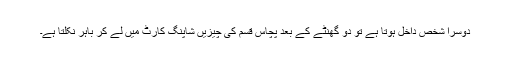
دوسرا شخص داخل ہوتا ہے تو دو گھنٹے کے بعد پچاس قسم کی چیزیں شاپنگ کارٹ میں لے کر باہر نکلتا ہے۔